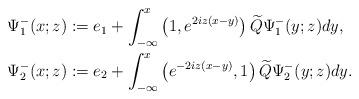
LaTeX: \begin{align*}&\Psi^-_1(x;z):=e_1+\int_{-\infty}^x\left(1,e^{2iz(x-y)}\right)\widetilde{Q} \Psi^-_1(y;z) dy, \\&\Psi^-_2(x;z):=e_2+\int_{-\infty}^x\left(e^{-2iz(x-y)},1\right)\widetilde{Q} \Psi^-_2(y;z) dy.\end{align*}